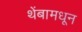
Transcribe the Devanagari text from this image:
थेंबामधून